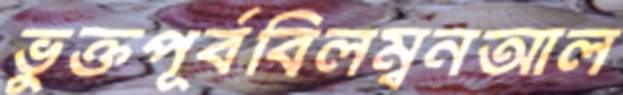
ভুক্তপূর্ববিলম্বনআল